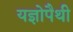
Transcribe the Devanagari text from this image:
यज्ञोपैथी